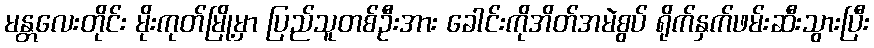
မန္တလေးတိုင်း မိုးကုတ်မြို့မှာ ပြည်သူတစ်ဦးအား ခေါင်းကိုအိတ်အမဲစွပ် ရိုက်နှက်ဖမ်းဆီးသွားပြီး